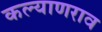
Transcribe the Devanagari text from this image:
कल्याणराव